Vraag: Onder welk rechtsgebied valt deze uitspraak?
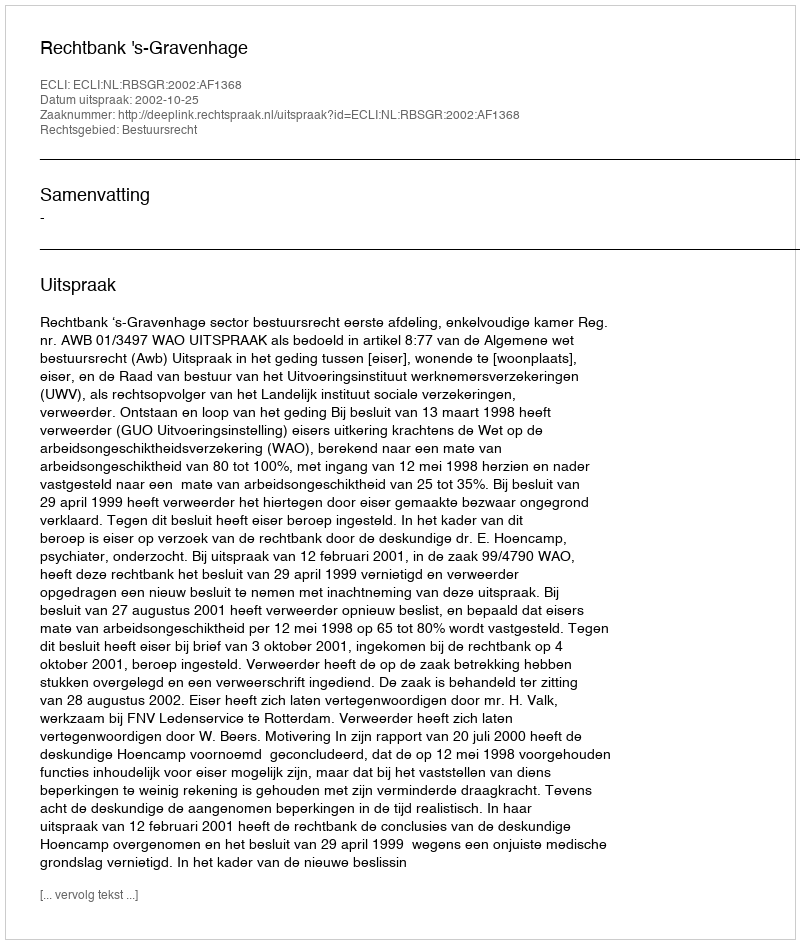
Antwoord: Bestuursrecht